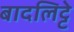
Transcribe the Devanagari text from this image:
बादलिट्टे